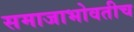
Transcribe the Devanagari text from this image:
समाजाभोवतीच